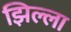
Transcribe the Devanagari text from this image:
झिल्ला